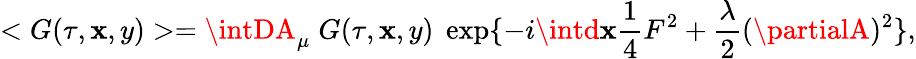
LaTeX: <G(\tau,\mathbf{x},y)>=\intDA_{\mu}\; G(\tau,\mathbf{x},y)\; \exp\{ -i\intd\mathbf{x}\frac{{1}}{{4}}F^{2}+\frac{{\lambda}}{{2}}(\partialA)^{2}\} ,